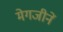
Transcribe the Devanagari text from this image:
मेगजीनें